Observations on rabies - Number 36
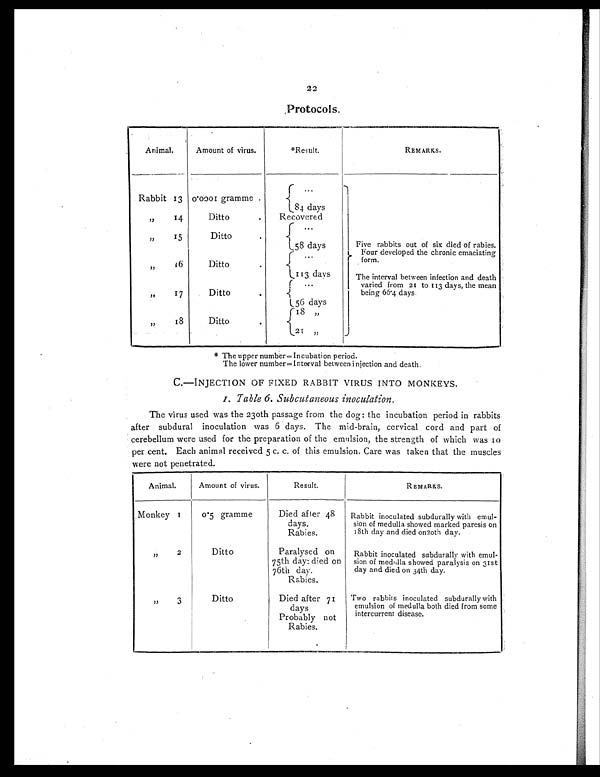
22
Protocols .
Animal.
Amount of virus.
*Result.
REMARKS.
Rabbit 13 0.0001 gramme
...
84 days
,,
14
Ditto
Recovered
,,
15
Ditto
. . .
58 days
Five rabbits out of six died of rabies.
Four developed the chronic emaciating
form.
,, 16
Ditto
. . .
1 1 3 d a y s
The interval between infection and death
varied from 21 to 113 days, the mean
being 66.4 days.
,,
17
Ditto
. . .
56 days
, , 1 8
Ditto
18 „
21 „
* The upper number= Incubation period.
The lower number.= Interval between injection and death
C.—INJECTION OF FIXED RABBIT VIRUS INTO MONKEYS.
I. Table 6. Subcutaneous inoculation.
The virus used was the 230th passage from the dog: the incubation period in rabbits
after subdural inoculation was 6 days. The mid-brain, cervical cord and part of
cerebellum were used for the preparation of the emulsion, the strength of which was 10
per cent. Each animal received 5 c. c. of this emulsion, Care was taken that the muscles
were not penetrated.
Animal.
Amount of virus.
Result.
REMARKS.
Monkey 1
0.5 gramme
Died after 48
days.
Rabies.
Rabbit inoculated subdurally with emul-
sion of medulla showed marked paresis on
18th day and died on 20th day.
, , 2
Ditto
Paralysed on
75th day: died on
76th day.
Rabies.
Rabbit inoculated subdurally with emul-
sion of medulla showed paralysis on 31st
day and died on 34th day.
,,
3
Ditto
Died after 71
days
Probably not
Rabies.
Two rabbits inoculated subdurally with
emulsion of medulla both died from some
intercurrent disease.